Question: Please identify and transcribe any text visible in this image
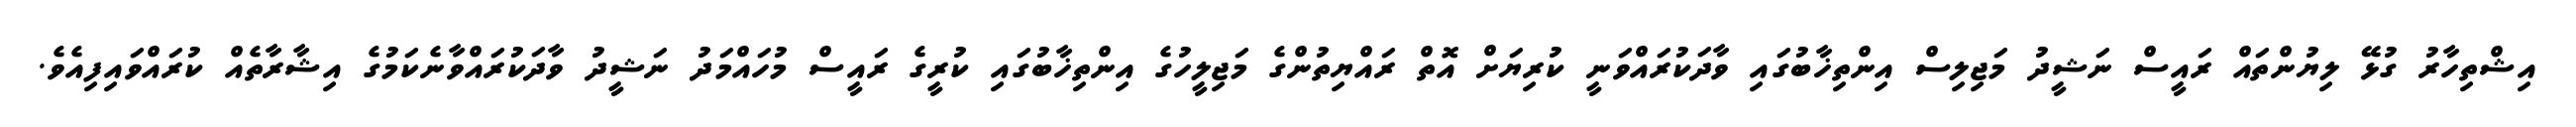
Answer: އިޝްތިހާރު ގުޅޭ ލިޔުންތައް ރައީސް ނަޝީދު މަޖިލިސް އިންތިޚާބުގައި ވާދަކުރައްވަނީ ކުރިޔަށް އޮތް ރައްޔިތުންގެ މަޖިލީހުގެ އިންތިޚާބުގައި ކުރީގެ ރައީސް މުހައްމަދު ނަޝީދު ވާދަކުރައްވާނެކަމުގެ އިޝާރާތެއް ކުރައްވައިފިއެވެ.